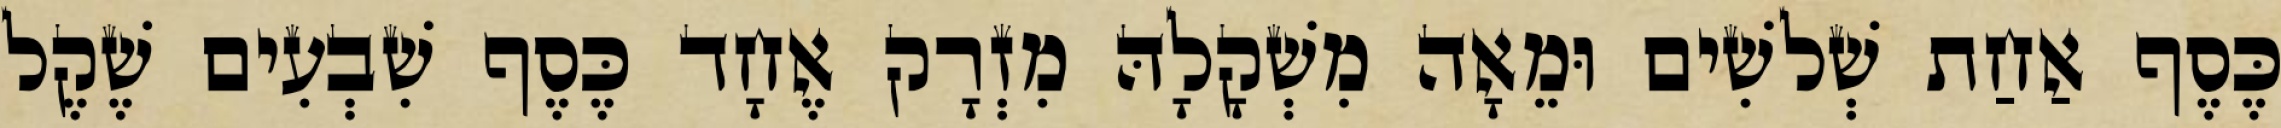
כֶּסֶף אַחַת שְׁלשִׁים וּמֵאָה מִשְׁקָלָהּ מִזְרָק אֶחָד כֶּסֶף שִׁבְעִים שֶׁקֶל